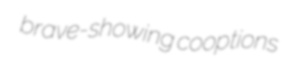
brave-showing cooptions